Insane asylums in Bengal annual reports 1867-1875 - 1867-1875
Year: 1867
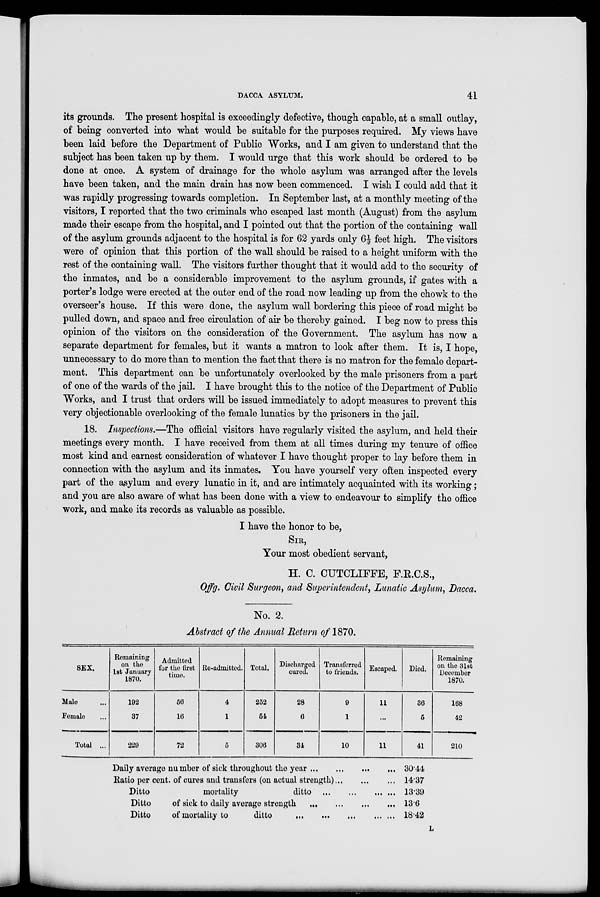
DACCA ASYLUM.
41
its grounds. The present hospital is exceedingly defective, though capable, at a small outlay,
of being converted into what would be suitable for the purposes required. My views have
been laid before the Department of Public Works, and I am given to understand that the
subject has been taken up by them. I would urge that this work should be ordered to be
done at once. A system of drainage for the whole asylum was arranged after the levels
have been taken, and the main drain has now been commenced. I wish I could add that it
was rapidly progressing towards completion. In September last, at a monthly meeting of the
visitors, I reported that the two criminals who escaped last month (August) from the asylum
made their escape from the hospital, and I pointed out that the portion of the containing wall
of the asylum grounds adjacent to the hospital is for 62 yards only 6½ feet high. The visitors
were of opinion that this portion of the wall should be raised to a height uniform with the
rest of the containing wall. The visitors further thought that it would add to the security of
the inmates, and be a considerable improvement to the asylum grounds, if gates with a
porter's lodge were erected at the outer end of the road now leading up from the chowk to the
overseer's house. If this were done, the asylum wall bordering this piece of road might be
pulled down, and space and free circulation of air be thereby gained. I beg now to press this
opinion of the visitors on the consideration of the Government. The asylum has now a
separate department for females, but it wants a matron to look after them. It is, I hope,
unnecessary to do more than to mention the fact that there is no matron for the female depart-
ment. This department can be unfortunately overlooked by the male prisoners from a part
of one of the wards of the jail. I have brought this to the notice of the Department of Public
Works, and I trust that orders will be issued immediately to adopt measures to prevent this
very objectionable overlooking of the female lunatics by the prisoners in the jail.
18. Inspections.—The official visitors have regularly visited the asylum, and held their
meetings every month. I have received from them at all times during my tenure of office
most kind and earnest consideration of whatever I have thought proper to lay before them in
connection with the asylum and its inmates. You have yourself very often inspected every
part of the asylum and every lunatic in it, and are intimately acquainted with its working;
and you are also aware of what has been done with a view to endeavour to simplify the office
work, and make its records as valuable as possible.
I have the honor to be,
SIR,
Your most obedient servant,
H. C. CUTCLIFFE, F.R.C.S.,
Offg. Civil Surgeon, and Superintendent, Lunatic Asylum, Dacca,
No. 2.
Abstract of the Annual Return of 1870.
SEX.
Male ...
Female ...
Total ...
Remaining
on the
1st January
1870.
192
37
229
Admitted
for the first
time.
56
16
72
Re-admitted.
4
1
5
Total.
252
54
306
Discharged
cured.
28
6
34
Transferred
to friends.
9
1
10
Escaped.
11
...
11
Died.
36
5
41
Remaining
on the 31st
December
1870.
168
42
210
Daily average number of sick throughout the year
...
...
...
...
Ratio per cent. of cures and transfers (on actual strength) ... ... ...
Ditto
mortality
ditto ... ... ... ...
Ditto
of sick to daily average strength ... ... ... ... ...
Ditto
of mortality to
ditto ... ... ... ... ... ...
30.44
14.37
13.39
13.6
18.42
L